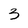
Character: 3